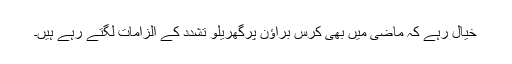
خیال رہے کہ ماضی میں بھی کرس براؤن پرگھریلو تشدّد کے الزامات لگتے رہے ہیں۔